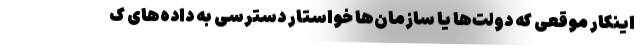
اینکار موقعی که دولت‌ها یا سازمان‌ها خواستار دسترسی به داده‌های ک